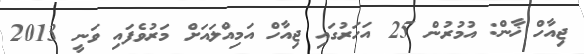
ޖިއާހް ޚާން: އުމުރުން 25 އަހަރުގައި ޖިއާހް އަމިއްލައަށް މަރުވެފައި ވަނީ 2013